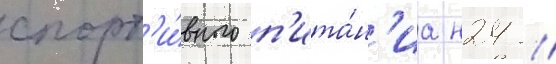
спорт'и́вного п'ита́н'иа н24 //